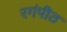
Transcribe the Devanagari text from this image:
रगंपीठ